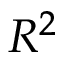
R ^ { 2 }